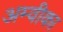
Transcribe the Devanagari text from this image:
अम्वीका